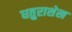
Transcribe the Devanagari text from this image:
धतुराशेख